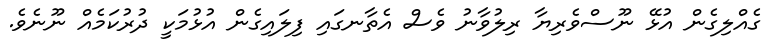
ގެއްލިގެން އުޅޭ ނޫސްވެރިޔާ ރިލުވާނު ވެސް އެތާނގައި ފިލައިގެން އުޅުމަކީ ދުރުކަމެއް ނޫނެވެ.